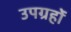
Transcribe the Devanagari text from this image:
उपग्रहोंं